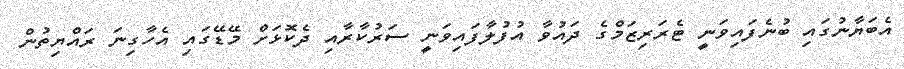
އެބަޔާނުގައި ބުނެފައިވަނީ ޓެރަރިޒަމްގެ ދައުވާ އުފުލާފައިވަނީ ސަރުކާރާއި ދެކޮޅަށް މޭޑޭގައި އެހާގިނަ ރައްޔިތުން